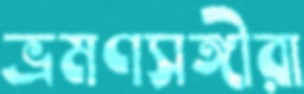
ভ্রমণসঙ্গীরা